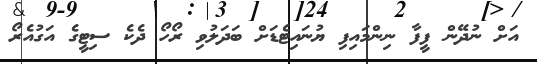
އަށް ނުދޭން ފީފާ ނިންމައިފި ޔުނައިޓެޑަށް ބަދަލުވި ރޯހޯ ދެކެ ސިޓީގެ އަގުއެރޯ